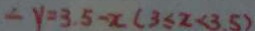
\therefore y = 3 . 5 - x ( 3 \leq x < 3 . 5 )